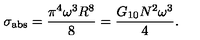
\sigma _ { \mathrm { a b s } } = \frac { \pi ^ { 4 } \omega ^ { 3 } R ^ { 8 } } { 8 } = \frac { G _ { 1 0 } N ^ { 2 } \omega ^ { 3 } } { 4 } .